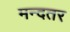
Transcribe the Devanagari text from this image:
मन्दतर